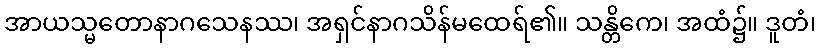
အာယသ္မတောနာဂသေနဿ၊ အရှင်နာဂသိန်မထေရ်၏။ သန္တိကေ၊ အထံ၌။ ဒူတံ၊